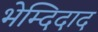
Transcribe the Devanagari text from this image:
भेम्दिदाद